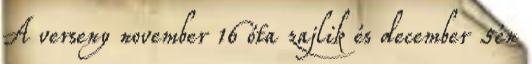
A verseny november 16 óta zajlik és december 5én